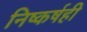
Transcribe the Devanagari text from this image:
निष्कर्षही